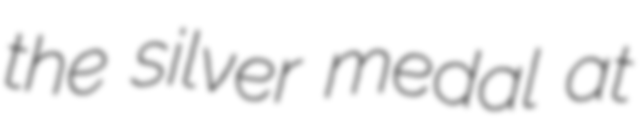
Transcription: the silver medal at